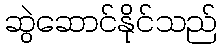
ဆွဲဆောင်နိုင်သည်